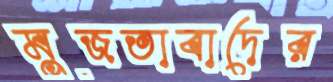
মুজতাবাদের